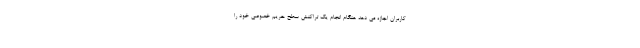
کاربران اجازه می دهد هنگام انجام یک تراکنش سطح حریم خصوصی خود را